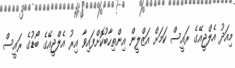
މިއަދު އެލްޖީއޭގެ ރައީސް ކަމަށް އަޒްލީން އިންތިހާބުކޮށްފައިވާ އިރު އެލްޖީއޭގެ ބޯޑުގެ ރައީސް